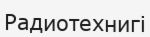
Радиотехнигі